Civil Veterinary Dept. Bombay admin report 1923-31 - 1923-1931
Year: 1923
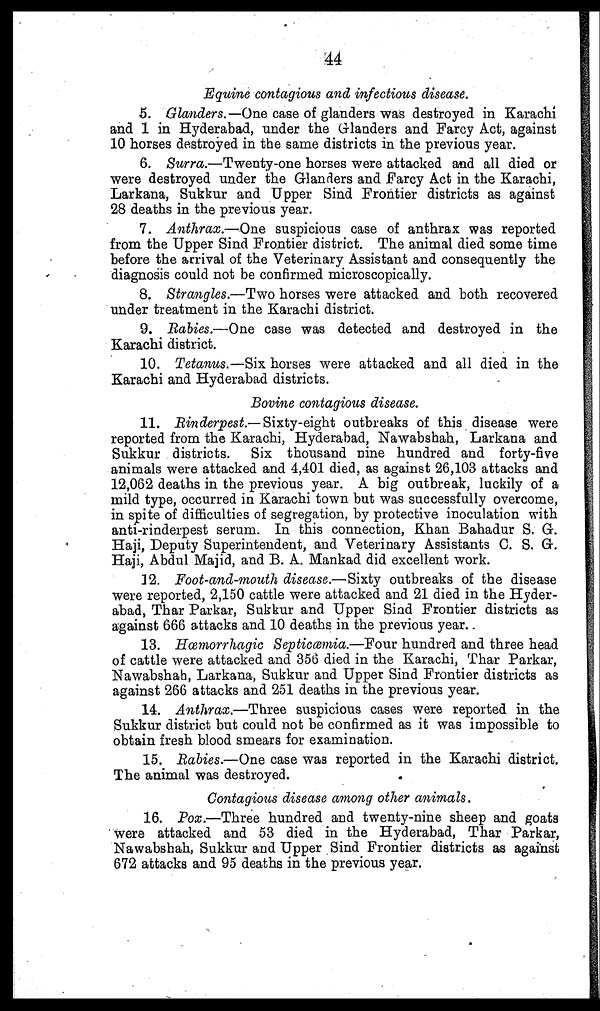
44
Equine contagious and infectious disease.
5. Glanders.— One case of glanders was destroyed in Karachi
and 1 in Hyderabad, under the Glanders and Farcy Act, against
10 horses destroyed in the same districts in the previous year.
6. Surra.—Twenty-one horses were attacked and all died or
were destroyed under the Glanders and Farcy Act in the Karachi,
Larkana, Sukkur and Upper Sind Frontier districts as against
28 deaths in the previous year.
7. Anthrax.—One suspicious case of anthrax was reported
from the Upper Sind Frontier district. The animal died some time
before the arrival of the Veterinary Assistant and consequently the
diagnosis could not be confirmed microscopically.
8. Strangles.—Two horses were attacked and both recovered
under treatment in the Karachi district.
9. Rabies.—One case was detected and destroyed in the
Karachi district.
10. Tetanus.—Six horses were attacked and all died in the
Karachi and Hyderabad districts.
Bovine contagious disease.
11. Rinderpest.—Sixty-eight outbreaks of this disease were
reported from the Karachi, Hyderabad, Nawabshah, Larkana and
Sukkur districts. Six thousand nine hundred and forty-five
animals were attacked and 4,401 died, as against 26,103 attacks and
12,062 deaths in the previous year. A big outbreak, luckily of a
mild type, occurred in Karachi town but was successfully overcome,
in spite of difficulties of segregation, by protective inoculation with
anti-rinderpest serum. In this connection, Khan Bahadur S. Gr.
Haji, Deputy Superintendent, and Veterinary Assistants 0. S. Gr.
Haji, Abdul Majid, and B. A. Mankad did excellent work.
12. Foot-and-mouth disease.—Sixty outbreaks of the disease
were reported, 2,150 cattle were attacked and 21 died in the Hyder-
abad, Thar Parkar, Sukkur and Upper Sind Frontier districts as
against 666 attacks and 10 deaths in the previous year.
13. Hœmorrhagic Septicæmia.—Four hundred and three head
of cattle were attacked and 356 died in the Karachi, Thar Parkar,
Nawabshah, Larkana, Sukkur and Upper Sind Frontier districts as
against 266 attacks and 251 deaths in the previous year.
14. Anthrax.—Three suspicious cases were reported in the
Sukkur district but could not be confirmed as it was impossible to
obtain fresh blood smears for examination.
15. Rabies.—One case was reported in the Karachi district.
The animal was destroyed.
Contagious disease among other animals.
16. Pox.—Three hundred and twenty-nine sheep and goats
were attacked and 53 died in the Hyderabad, Thar Parkar,
Nawabshah, Sukkur and Upper Sind Frontier districts as against
672 attacks and 95 deaths in the previous year.